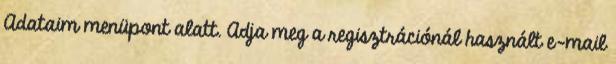
Adataim menüpont alatt. Adja meg a regisztrációnál használt e-mail